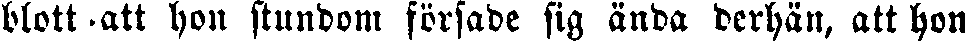
blott att hon stundom försade sig ända derhän, att hon